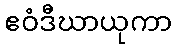
ဧဝံဒီဃာယုကာ